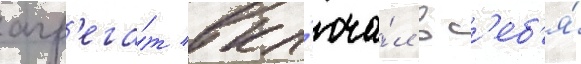
агр'ега́т вкл'юча́л в с'еб'я́